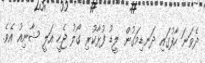
ދެވަނަ ހާފުގައި ދަނޑިމަގުން ލީޑު ފުޅާކުރި ގޯލު ޖެހީ އަލީ ޝާނިއު އެވެ.